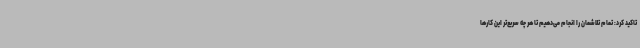
تاکید کرد: تمام تلاشمان را انجام می‌دهیم تا هر چه سریع‌تر این کارها